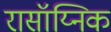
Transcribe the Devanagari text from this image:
रासॉय्निक